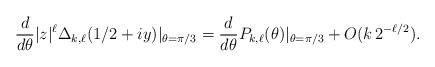
LaTeX: \begin{align*}\frac{d}{d \theta} |z|^{\ell} \Delta_{k,\ell}(1/2 + iy) \vert_{\theta = \pi/3} = \frac{d}{d \theta} P_{k,\ell}(\theta) \vert_{\theta = \pi/3} + O(k \thinspace 2^{-\ell/2}). \end{align*}